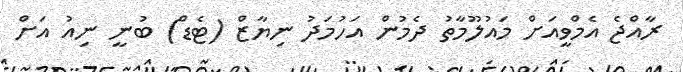
ރާއްޖެ އެމްވީއަށް މައުލޫމާތު ދެމުން އަހުމަދު ނިޔާޒް (ޓެޑް) ބުނީ ނިއު އަށް